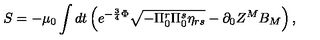
S = - \mu _ { 0 } \int d t \left( e ^ { - { \frac { 3 } { 4 } } \Phi } \sqrt { - \Pi _ { 0 } ^ { r } \Pi _ { 0 } ^ { s } \eta _ { r s } } - \partial _ { 0 } Z ^ { M } B _ { M } \right) ,